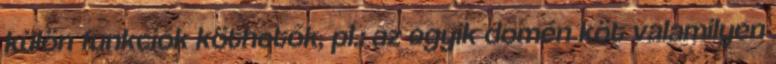
külön funkciók köthetők, pl.: az egyik domén köt valamilyen